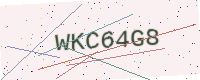
Text: WKC64G8